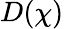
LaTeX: D(\chi)